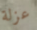
عزلة